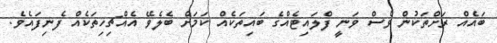
ބައެއް ރަށްތަކުން ވެސް ވަނީ ފްލައިޓެއްގެ ބައިތަކެއް ކަމަށް ބެލެވޭ އެއްޗިހިތަކެއް ފެނިފައެވެ.